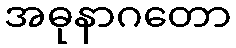
အဓုနာဂတော